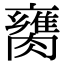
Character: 𦡈